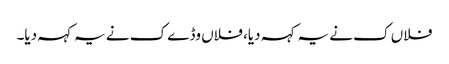
فلاں ک نے یہ کہہ دیا، فلاں وڈے ک نے یہ کہہ دیا۔